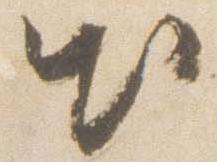
出